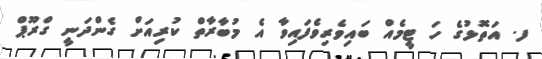
ފ. އަތޮޅުގެ ހަ ޓީމެއް ބައިވެރިވެފައިވާ އެ މުބާރާތް ކުރިއަށް ގެންދަނީ ގްރޫޕް